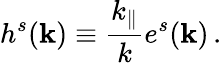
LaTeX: h^{s}({\mathbf k})\equiv\frac{k_{\parallel}}{k}e^{s}({\mathbf k})\, .